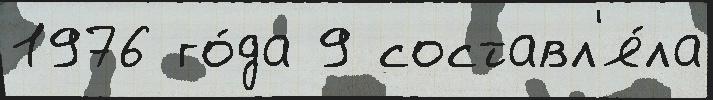
1976 го́да 9 составл'я́ла